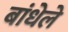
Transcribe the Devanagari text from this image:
बांधेले